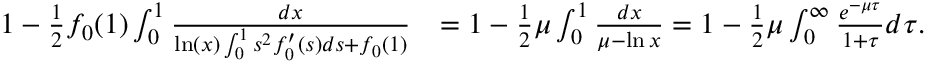
\begin{array} { r l } { 1 - \frac 1 2 f _ { 0 } ( 1 ) \int _ { 0 } ^ { 1 } \frac { d x } { \ln ( x ) \int _ { 0 } ^ { 1 } s ^ { 2 } f _ { 0 } ^ { \prime } ( s ) d s + { f _ { 0 } ( 1 ) } } } & { = 1 - \frac 1 2 \mu \int _ { 0 } ^ { 1 } \frac { d x } { \mu - \ln x } = 1 - \frac 1 2 \mu \int _ { 0 } ^ { \infty } \frac { e ^ { - \mu \tau } } { 1 + \tau } d \tau . } \end{array}